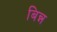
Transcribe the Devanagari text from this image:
बिन्न